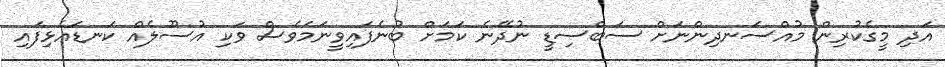
އަދި މީގެކުރިން މުއްސަނދިންނަށް ސަބްސިޑީ ނުދޭނެ ކަމަށް ބުނެފައިވީނަމަވެސް ވަކި އުސޫލެއް ކަނޑައެޅިފައި